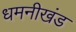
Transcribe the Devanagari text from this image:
धमनीखंड